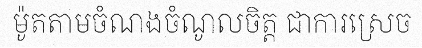
ម៉ូតតាមចំណងចំណូលចិត្ត ជាការស្រេច